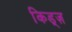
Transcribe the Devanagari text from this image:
किड्ज़